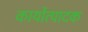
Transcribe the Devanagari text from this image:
कार्योत्पादक